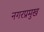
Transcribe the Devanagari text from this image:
नगरप्रमुख